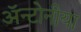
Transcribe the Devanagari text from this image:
ॲन्टोनीया